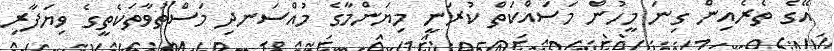
އޭގެ ތެރެއިން ގިނަ މީހުން މަސައްކަތް ކުރަނީ މިޔަންމާގެ މުއްސަނދި މަސްތުވާތަކެތީގެ ވިޔަފާރި